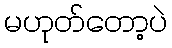
မဟုတ်တော့ပဲ